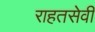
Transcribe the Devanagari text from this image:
राहतसेवी